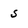
Character: 5